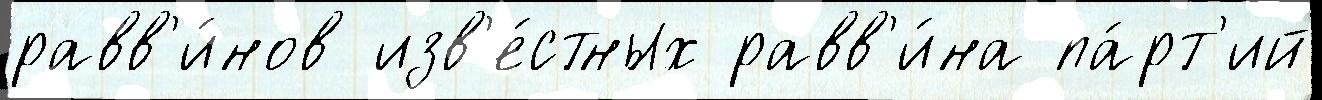
равв'и́нов изв'е́стных равв'и́на па́рт'ий